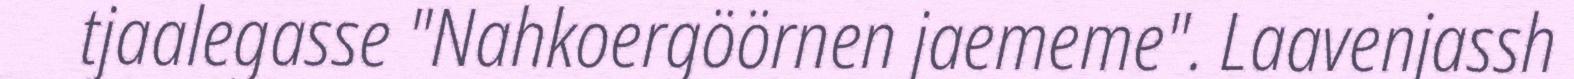
tjaalegasse "Nahkoergöörnen jaememe". Laavenjassh